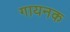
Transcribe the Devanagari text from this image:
गायनक